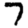
Digit: 7